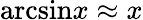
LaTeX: {\mathrm{arcsin}}x\approx x